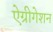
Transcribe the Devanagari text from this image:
ऐग्रीगेशन